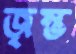
জৃম্ভ